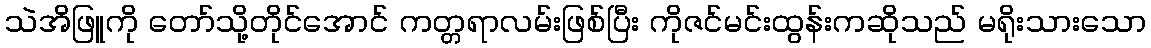
သဲအိဖြူကို တော်သို့တိုင်အောင် ကတ္တရာလမ်းဖြစ်ပြီး ကိုဇင်မင်းထွန်းကဆိုသည် မရိုးသားသော